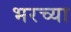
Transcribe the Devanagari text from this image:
भरच्या